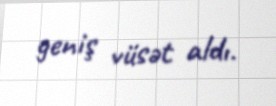
geniş vüsət aldı.